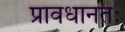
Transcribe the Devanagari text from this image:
प्रावधानतः